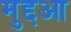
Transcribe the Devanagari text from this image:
मुद्दआ